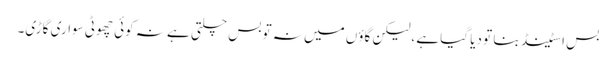
بس اسٹینڈ بنا تو دیا گیا ہے ،لیکن گاؤں میں نہ تو بس چلتی ہے نہ کوئی چھوٹی سواری گاڑی۔